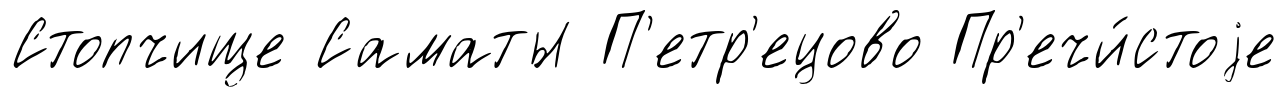
Стопчище Саматы П'етр'ецово Пр'ечи́стоjе